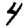
Digit: 4